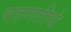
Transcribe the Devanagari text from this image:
वरुणतीर्थ